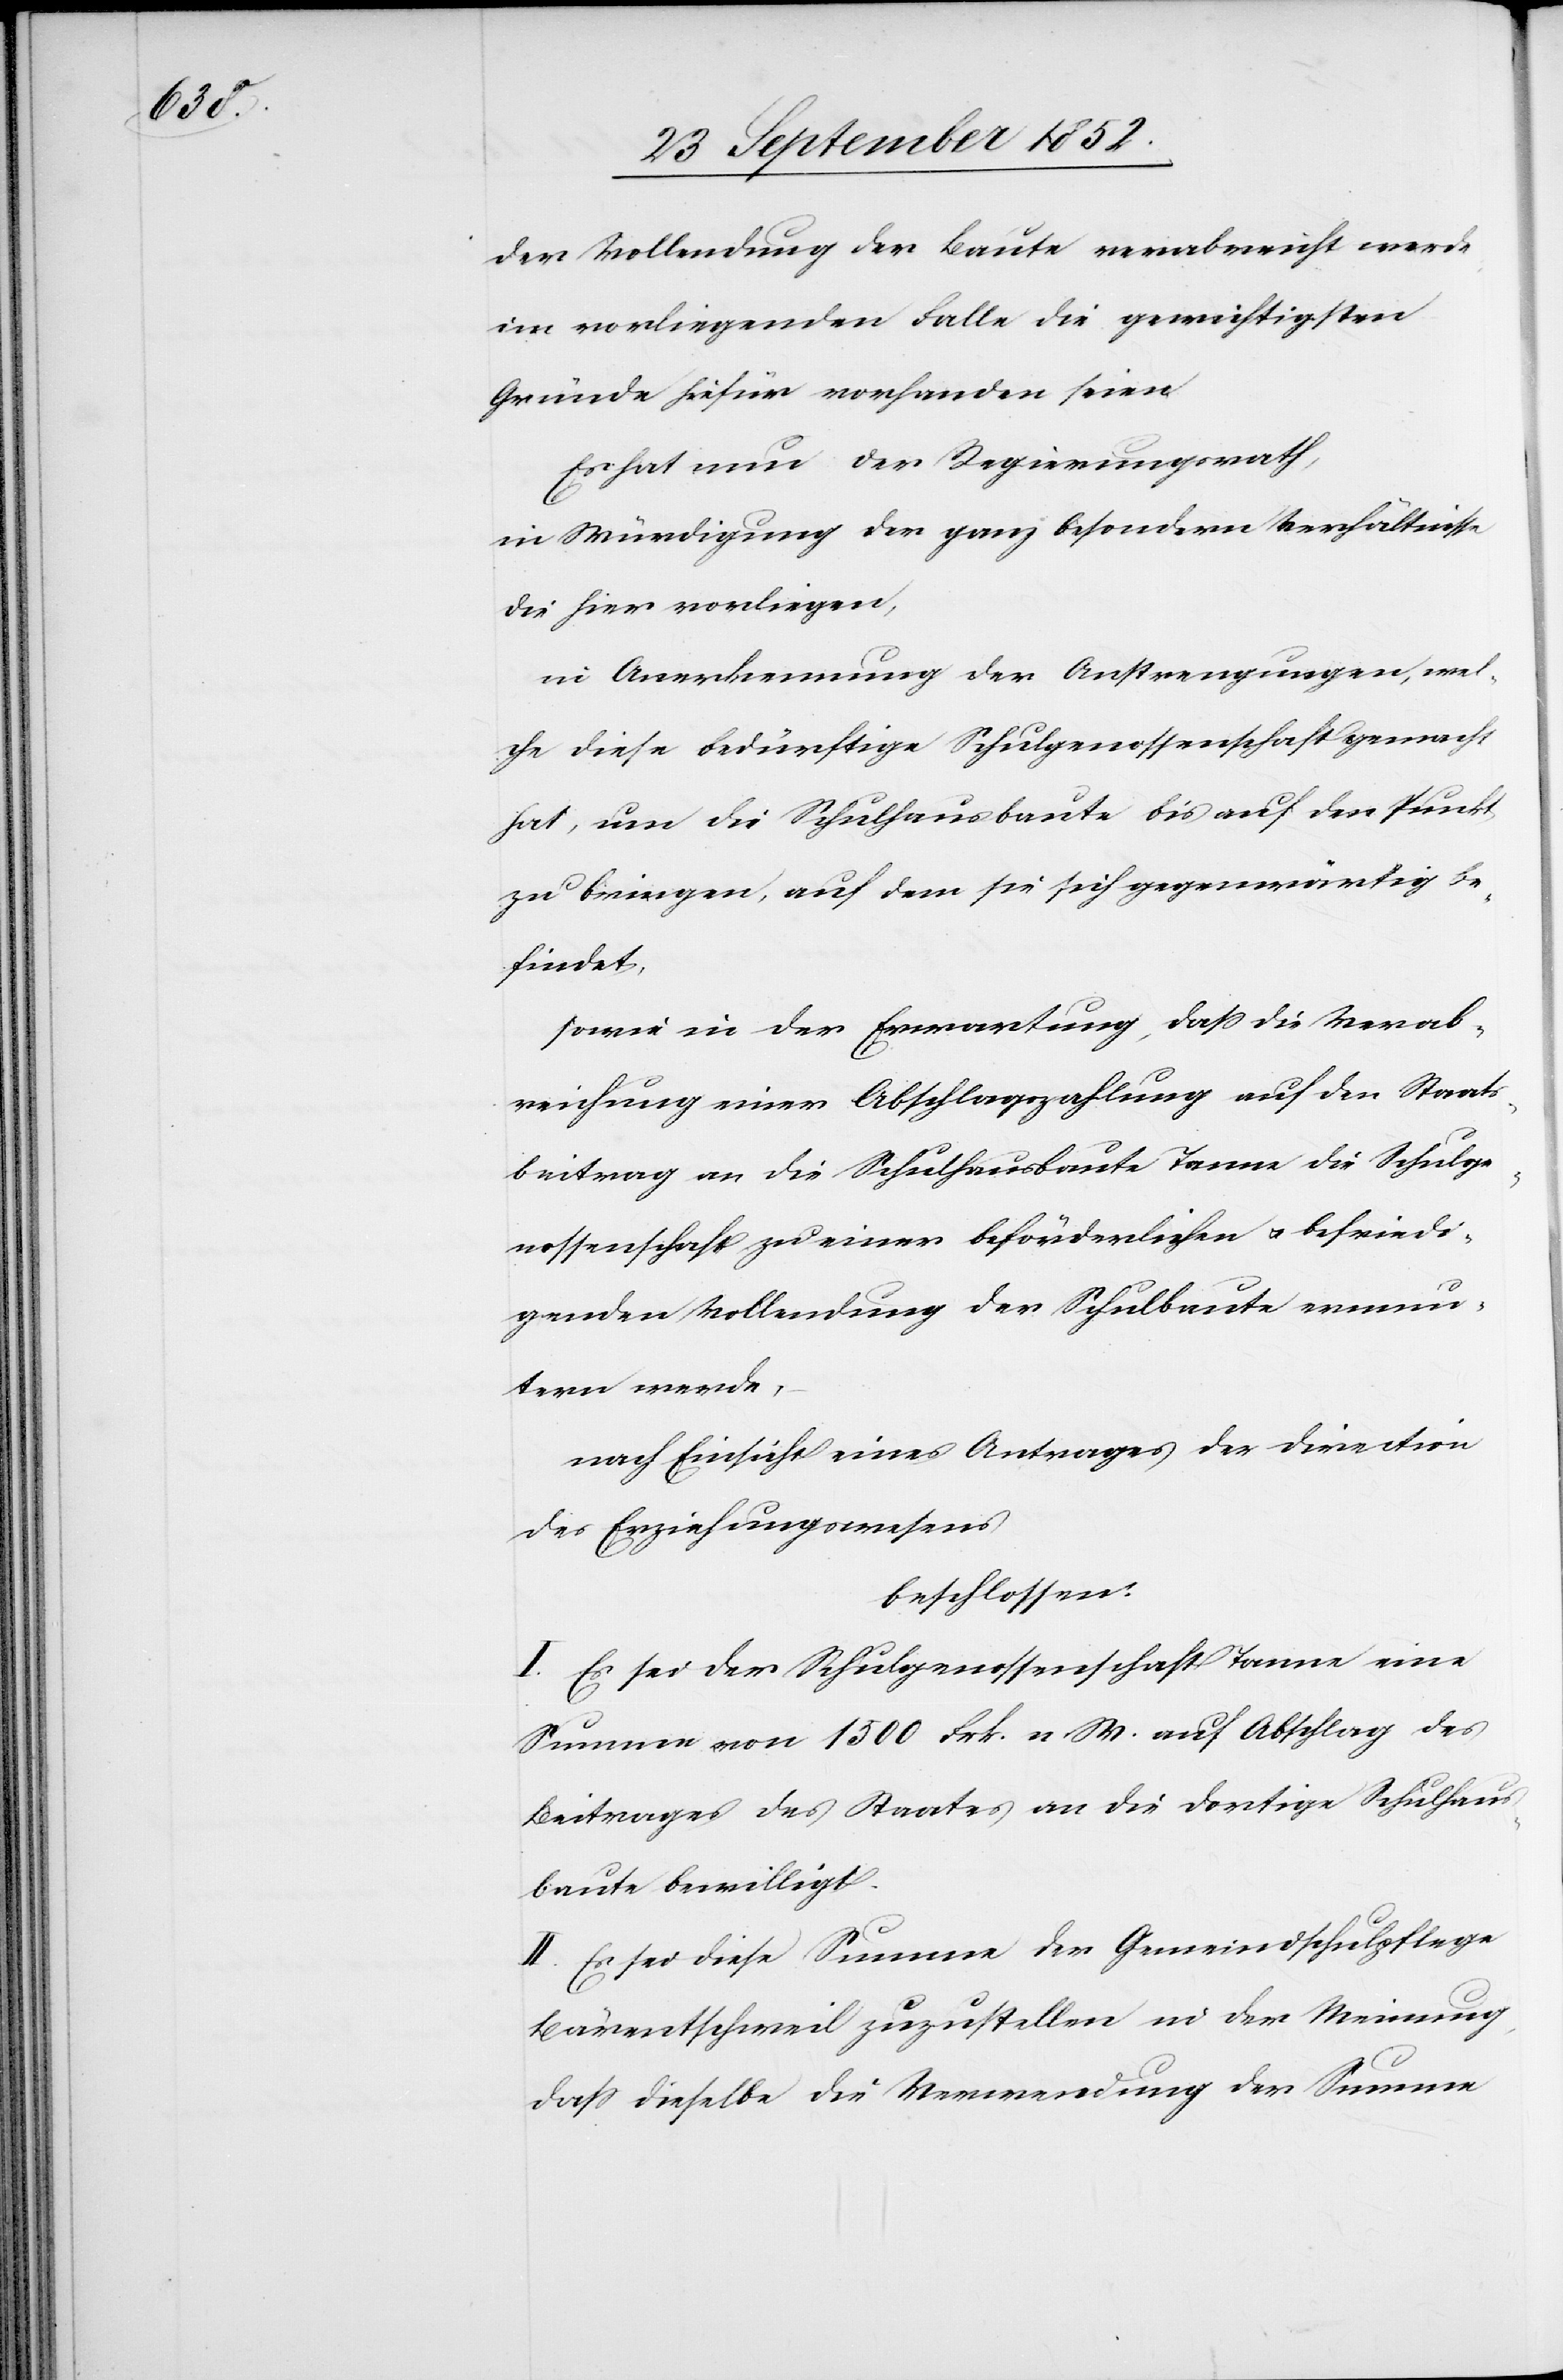
der Vollendung der Baute verabreicht werde
im vorliegenden Falle die gewichtigsten
Gründe hiefür vorhanden seien.
Es hat nun der Regierungsrath,
in Würdigung der ganz besondern Verhältnisse
die hier vorliegen,
in Anerkennung der Anstrengungen, wel¬
che diese bedürftige Schulgenossenschaft gemacht
hat, um die Schulhausbaute bis auf den Punkt
zu bringen, auf dem sie sich gegenwärtig be¬
findet,
sowie in der Erwartung, dass die Verab¬
reichung einer Abschlagszahlung auf den Staats¬
beitrag an die Schulhausbaute Tanne die Schulge¬
nossenschaft zu einer beförderlichen & befriedi¬
genden Vollendung der Schulbaute ermun¬
tern werde,
nach Einsicht eines Antrages der Direction
des Erziehungswesens
beschlossen:
I. Es sei der Schulgenossenschaft Tanne eine
Summe von 1500 Frk. n W. auf Abschlag des
Beitrages des Staates an die dortige Schulhaus¬
baute bewilligt.
II. Es sei diese Summe der Gemeindschulpflege
Bärentschweil zuzustellen in der Meinung,
dass dieselbe die Verwendung der Summe